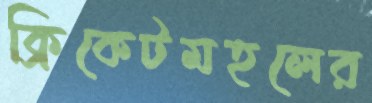
ক্রিকেটমহলের